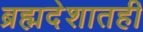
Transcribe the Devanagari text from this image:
ब्रह्मदेशातही